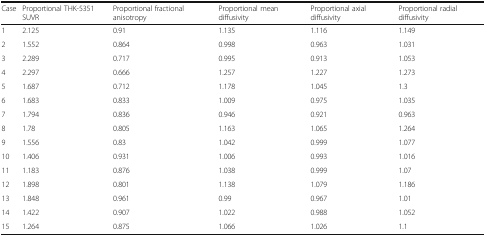
<table><thead><tr><td><b>Case</b></td><td><b>Proportional THK-5351 SUVR</b></td><td><b>Proportional fractional anisotropy</b></td><td><b>Proportional mean diffusivity</b></td><td><b>Proportional axial diffusivity</b></td><td><b>Proportional radial diffusivity</b></td></tr></thead><tbody><tr><td>1</td><td>2.125</td><td>0.91</td><td>1.135</td><td>1.116</td><td>1.149</td></tr><tr><td>2</td><td>1.552</td><td>0.864</td><td>0.998</td><td>0.963</td><td>1.031</td></tr><tr><td>3</td><td>2.289</td><td>0.717</td><td>0.995</td><td>0.913</td><td>1.053</td></tr><tr><td>4</td><td>2.297</td><td>0.666</td><td>1.257</td><td>1.227</td><td>1.273</td></tr><tr><td>5</td><td>1.687</td><td>0.712</td><td>1.178</td><td>1.045</td><td>1.3</td></tr><tr><td>6</td><td>1.683</td><td>0.833</td><td>1.009</td><td>0.975</td><td>1.035</td></tr><tr><td>7</td><td>1.794</td><td>0.836</td><td>0.946</td><td>0.921</td><td>0.963</td></tr><tr><td>8</td><td>1.78</td><td>0.805</td><td>1.163</td><td>1.065</td><td>1.264</td></tr><tr><td>9</td><td>1.556</td><td>0.83</td><td>1.042</td><td>0.999</td><td>1.077</td></tr><tr><td>10</td><td>1.406</td><td>0.931</td><td>1.006</td><td>0.993</td><td>1.016</td></tr><tr><td>11</td><td>1.183</td><td>0.876</td><td>1.038</td><td>0.999</td><td>1.07</td></tr><tr><td>12</td><td>1.898</td><td>0.801</td><td>1.138</td><td>1.079</td><td>1.186</td></tr><tr><td>13</td><td>1.848</td><td>0.961</td><td>0.99</td><td>0.967</td><td>1.01</td></tr><tr><td>14</td><td>1.422</td><td>0.907</td><td>1.022</td><td>0.988</td><td>1.052</td></tr><tr><td>15</td><td>1.264</td><td>0.875</td><td>1.066</td><td>1.026</td><td>1.1</td></tr></tbody></table>